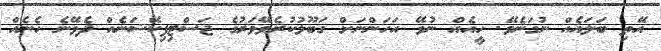
އޭތި ބަލައެއް ނުގަނެވޭ. ހީއެއް ނުވޭ އަހަންނަށް ގަބޫލުކުރެވޭވަރުގެ ޖަސްޓިފިކޭޝަނެއް ދެވޭނެ ހެނެއް